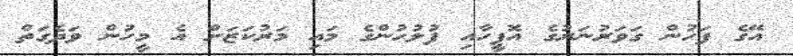
އޭގެ ފަހުން ގަވަރުނަރުގެ އޮފީހާއި ފުލުހުންގެ މައި މަރުކަޒަށް އެ މީހުން ވަދެގަތް